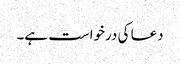
دعا کی درخواست ہے۔